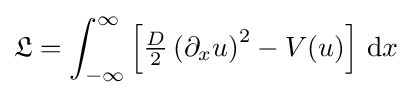
{\mathfrak {L}}=\int _{-\infty }^{\infty }\left[{\tfrac {D}{2}}\left(\partial _{x}u\right)^{2}-V(u)\right]\,{\text{d}}x